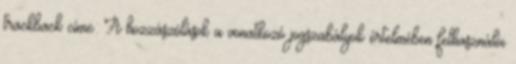
trackback címe: A hozzászólások a vonatkozó jogszabályok értelmében felhasználói